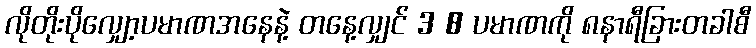
လိုတိုးပိုလျှော့ပမာဏအနေနဲ့ တနေ့လျှင် 3 8 ပမာဏကို ၈နာရီခြားတခါစီ